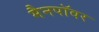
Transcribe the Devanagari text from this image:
मैनपॉवर